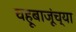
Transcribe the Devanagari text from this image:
चहूबाजूंच्या